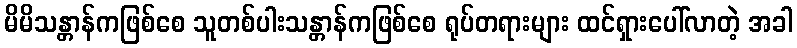
မိမိသန္တာန်ကဖြစ်စေ သူတစ်ပါးသန္တာန်ကဖြစ်စေ ရုပ်တရားများ ထင်ရှားပေါ်လာတဲ့ အခါ